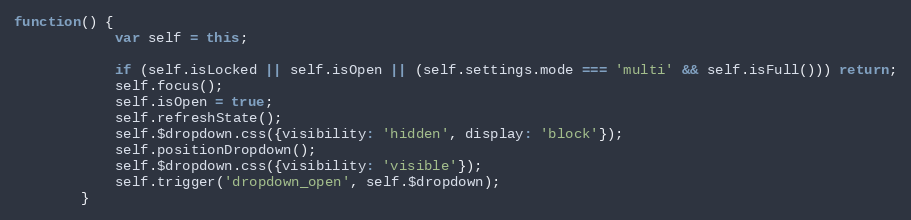
Language: JavaScript
function() {
			var self = this;

			if (self.isLocked || self.isOpen || (self.settings.mode === 'multi' && self.isFull())) return;
			self.focus();
			self.isOpen = true;
			self.refreshState();
			self.$dropdown.css({visibility: 'hidden', display: 'block'});
			self.positionDropdown();
			self.$dropdown.css({visibility: 'visible'});
			self.trigger('dropdown_open', self.$dropdown);
		}